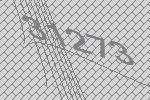
31273